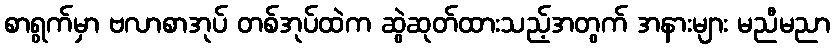
စာရွက်မှာ ဗလာစာအုပ် တစ်အုပ်ထဲက ဆွဲဆုတ်ထားသည့်အတွက် အနားများ မညီမညာ